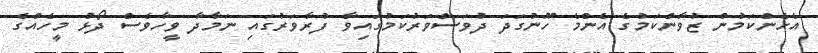
އެހެންކަމުން ޒުވާންކަމުގެ އެންމެ ހޫނުގަދަ ދުވަސްވަރުކަމުގައިވާ ފުރާވަރުގައި ނަމާދާ ވީހާވެސް ދޯޅު މީހެއްގެ